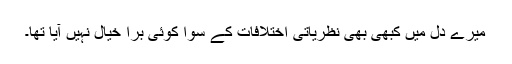
میرے دل میں کبھی بھی نظریاتی اختلافات کے سوا کوئی برا خیال نہیں آیا تھا۔